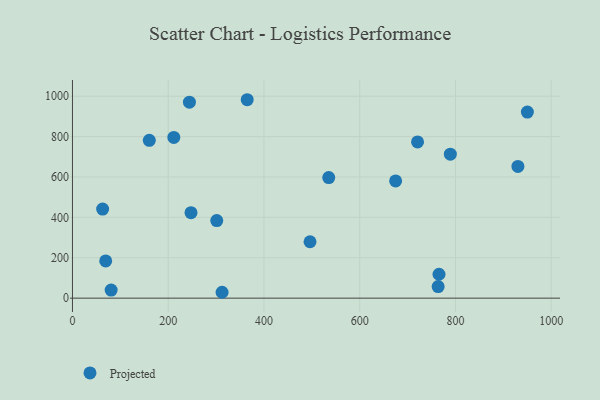
{"axis": {"x": "Experience", "y": "Fuel Efficiency"}, "legend": ["Projected"], "data": [{"x": "244.3", "y": 970.3, "type": "Projected"}, {"x": "301.4", "y": 384.0, "type": "Projected"}, {"x": "211.7", "y": 795.8, "type": "Projected"}, {"x": "763.8", "y": 57.1, "type": "Projected"}, {"x": "247.6", "y": 423.4, "type": "Projected"}, {"x": "765.6", "y": 118.3, "type": "Projected"}, {"x": "950.2", "y": 921.4, "type": "Projected"}, {"x": "365.0", "y": 982.6, "type": "Projected"}, {"x": "720.8", "y": 773.7, "type": "Projected"}, {"x": "63.0", "y": 441.2, "type": "Projected"}, {"x": "930.4", "y": 652.1, "type": "Projected"}, {"x": "160.5", "y": 781.6, "type": "Projected"}, {"x": "496.2", "y": 279.4, "type": "Projected"}, {"x": "80.8", "y": 40.2, "type": "Projected"}, {"x": "312.5", "y": 29.1, "type": "Projected"}, {"x": "535.3", "y": 596.9, "type": "Projected"}, {"x": "675.0", "y": 580.5, "type": "Projected"}, {"x": "789.3", "y": 713.0, "type": "Projected"}, {"x": "69.4", "y": 184.5, "type": "Projected"}]}